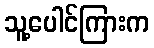
သူ့ပေါင်ကြားက